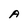
Character: A